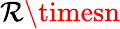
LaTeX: \mathcal{R}\timesn